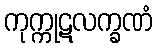
ကုက္ကုဋလက္ခဏံ